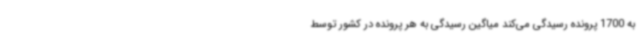
به 1700 پرونده رسیدگی می‌کند میاگین رسیدگی به هر پرونده در کشور توسط